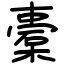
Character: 橐